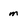
Character: m